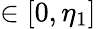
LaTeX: \in[0,\eta_{1}]